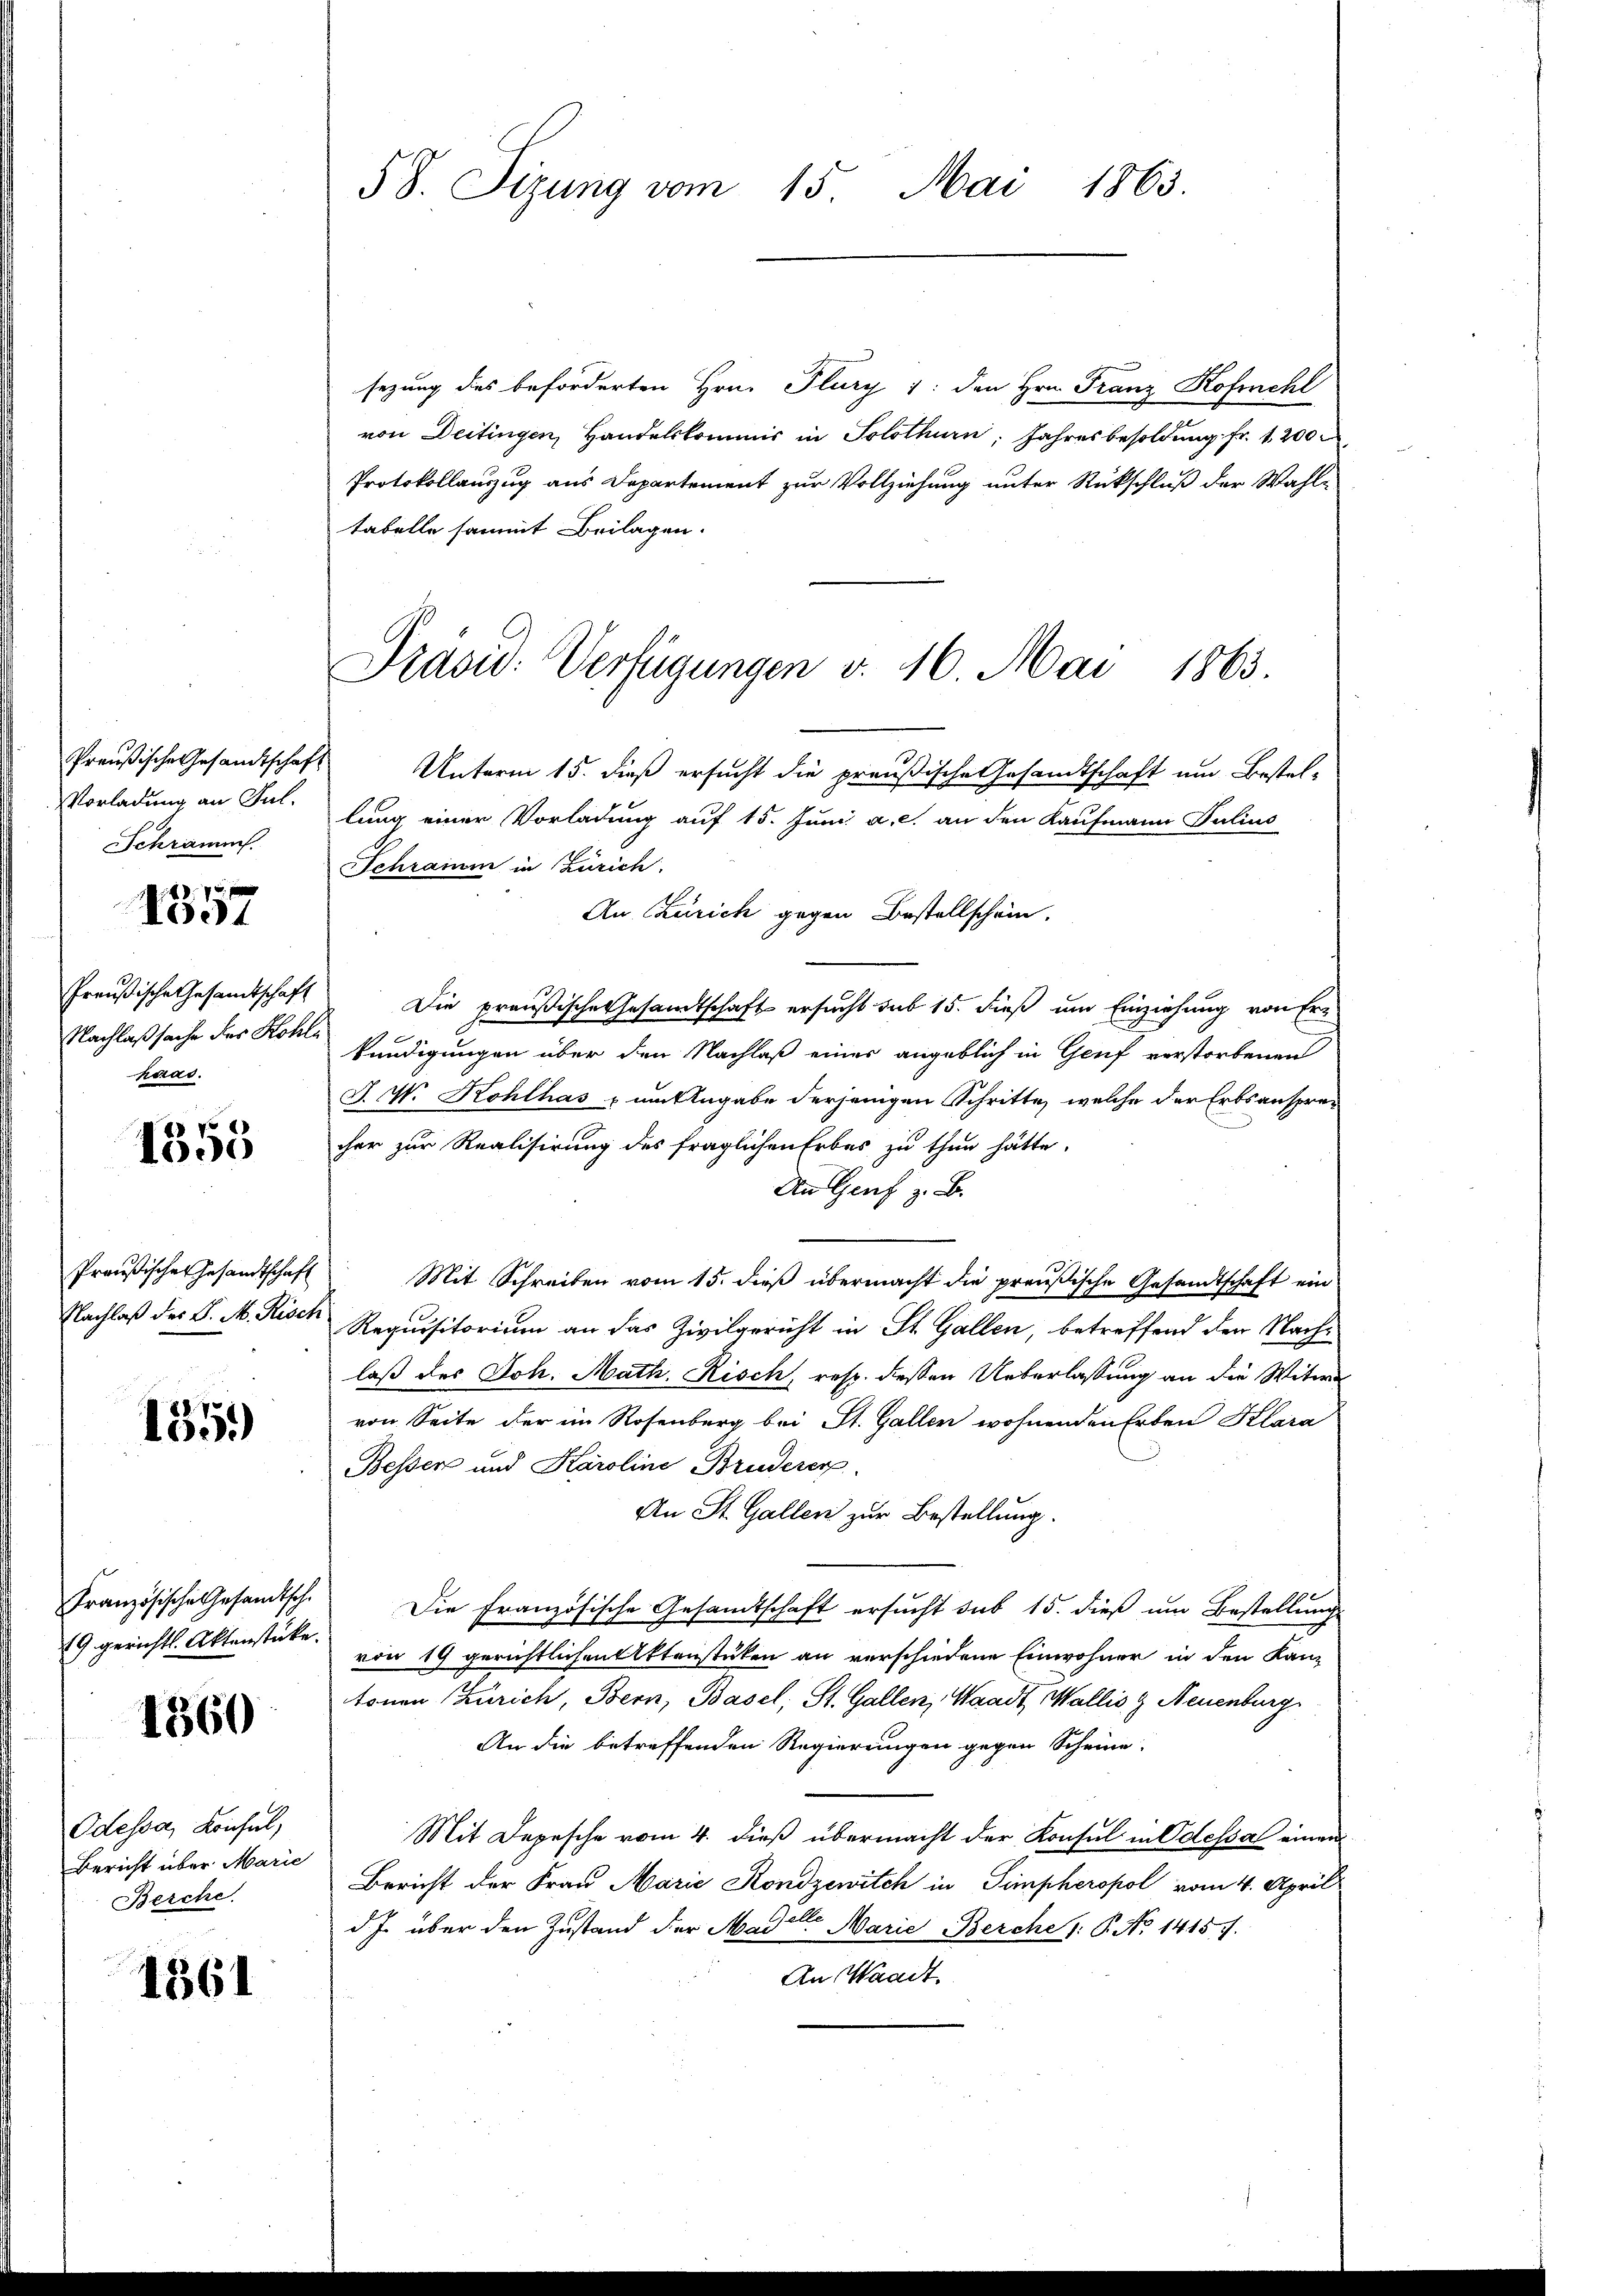
Vorladung an Jul.
Schramm.

d
1057

Preußische Gesamtschaft
Nachlaßsache des Kohlhaas.

70
1005

Nachlaß des S. M. Risch

155)

Französische Gesandtsch.
19 gerichtl. Aktenstücke.

1360

Odessa, Konsul,
Bericht über Marie
Berche.

1361

58. Sizung vom 15. Mai 1865.

sezung des beförderten Hrn. Flury /: den Hrn. Franz Kofiehl
von Deitingen, Handelskommis in Solothurn, Jahresbesoldung fr. 1200
Protokollauszug aus Departement zur Vollziehung unter Rückschluß der Wahl-
tabelle sammt Beilagen.
Preußische Gesandtschaft Unterm 15. dieß ersucht die preußische Gesandtschaft um Bestel-
lung einer Vorladung auf 15. Juni a. c. an den Kaufmann Julius
Schramm in Zürich.
An Zürich gegen Bestellschein.
Die preußische Gesamtschaft ersucht sub 15. dieß um Einziehung von Erkündigungen über den Nachlaß einer angeblich in Genf verstorbenen
J. V. Kohlhas zum Angabe derjenigen Schritte, welche der Erbsansprecher zur Realisirung des fraglichen Erbes zu thun hätte.
An Genf z. B.
Preußische Gesandtschaft Mit Schreiben vom 15. dieβ übermacht die preußische Gesandtschaft ein
Requisitorium an das Zivilgericht in St. Gallen, betreffend der Nachlaß des Joh. Math. Risch, resp. dessen Ueberlassung an die Witwe
von Seite der im Rosenberg bei St. Gallen wohnenden Erben Klara
Besser und Karoline Bruderer
An St. Gallen zur Bestellung.
Die Französische Gesandtschaft ersucht sub 15. dieß um Bestellung
von 19 gerichtlichen Aktenstücken an verschiedene Einwohner in den Kantonen Zürich, Bern, Basel, St. Gallen, Waadt, Wallis & Neuenburg
An die betreffenden Regierungen gegen Scheine
Mit Depesche vom 4. dieß übermacht der Konsul in Odessa einen
Bericht der Frau Marie Kondzewitch in Simpheropol vom 4. April
d. J. über den Zustand der Mader Marie Berche 1: P. No 1415 f.
An Waadt.

Präsid. Verfügungen v. 16. Mai 1863.